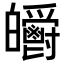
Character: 𤿃